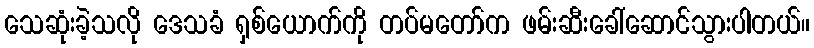
သေဆုံးခဲ့သလို ဒေသခံ ရှစ်ယောက်ကို တပ်မတော်က ဖမ်းဆီးခေါ်ဆောင်သွားပါတယ်။